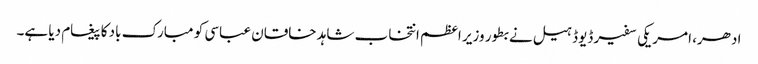
ادھر، امریکی سفیر ڈیوڈ ہیل نے بطور وزیر اعظم انتخاب شاہد خاقان عباسی کو مبارک باد کا پیغام دیا ہے۔